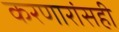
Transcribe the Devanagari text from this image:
करणारांसही